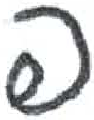
אות: פ